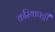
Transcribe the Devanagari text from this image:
करियापट्टी